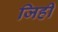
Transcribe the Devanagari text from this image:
जिहीं